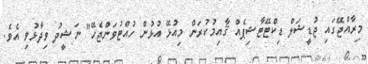
މިރާއްޖޭގައި ޖުޑީޝަލް ޑިކްޓޭޓާޝިޕެއް ޤާއިމުކުރަން މިއުޅޭ އުޅުން ހުއްޓުވަންޖެހޭ" ނަޝީދު ވިދާޅުވި އެވެ.